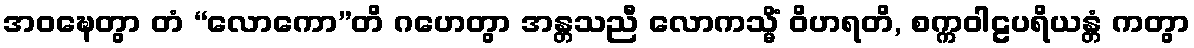
အဝဍ္ဎေတွာ တံ “လောကော”တိ ဂဟေတွာ အန္တသညီ လောကသ္မိံ ဝိဟရတိ, စက္ကဝါဠပရိယန္တံ ကတွာ